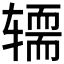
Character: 𰺚